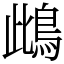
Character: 䳄